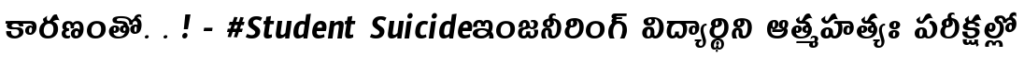
కారణంతో. . ! - #Student Suicideఇంజనీరింగ్ విద్యార్థిని ఆత్మహత్యః పరీక్షల్లో